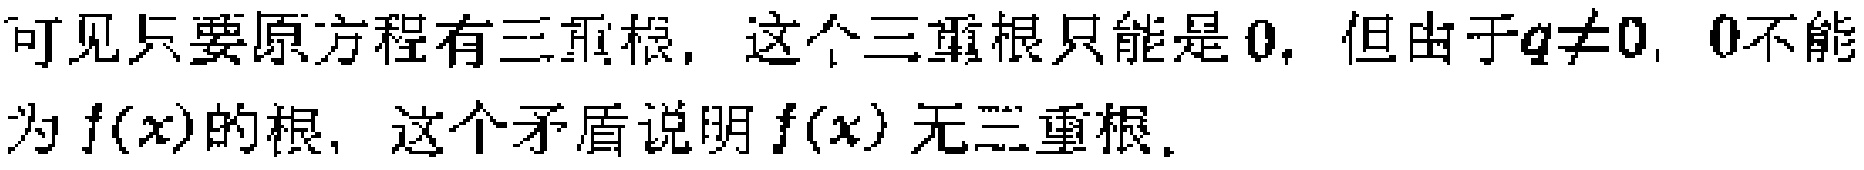
可见只要原方程有三重根，这个三重根只能是$0$. 但由于$q\neq0$, $0$不能为$f(x)$的根，这个矛盾说明$f(x)$无三重根.